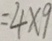
= 4 \times 9